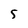
Character: 5